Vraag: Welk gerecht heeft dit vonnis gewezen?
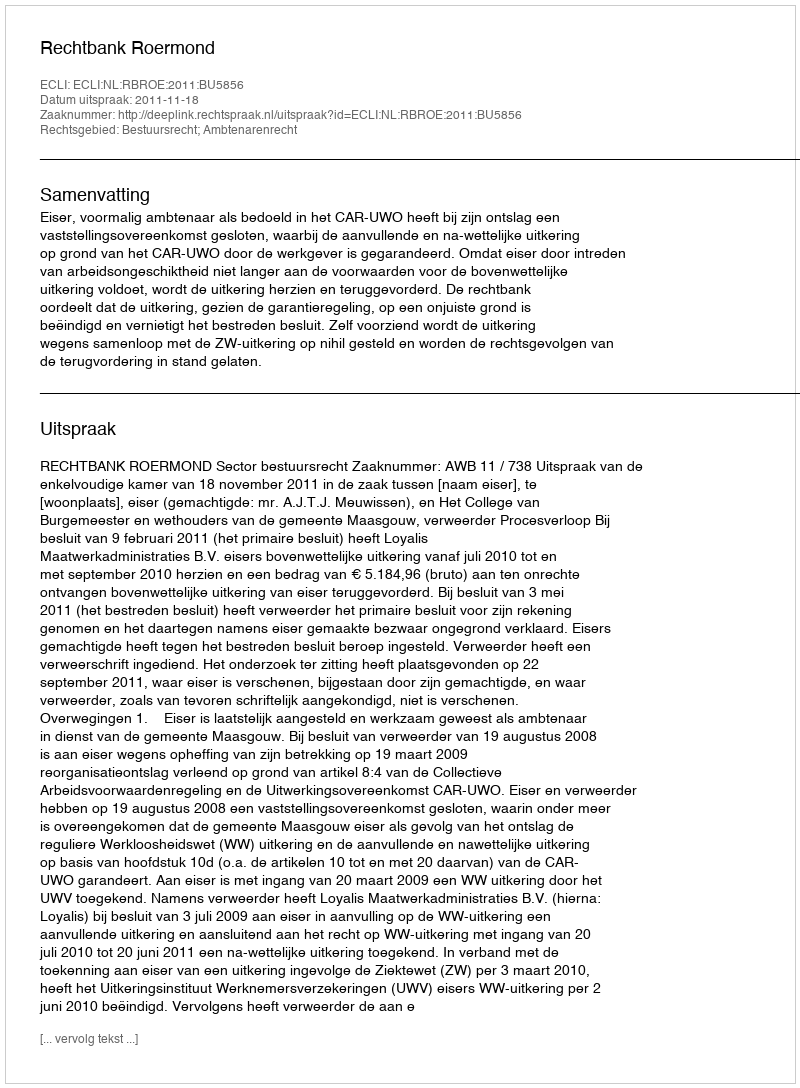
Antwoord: Rechtbank Roermond